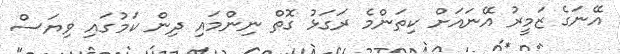
އޭނަގެ ޒަމީރު އޭނައަށް ކިތަންމެ ރަގަޅު ގޮތް ނިންމައި ދިން ކަމުގައި ވިޔަސް